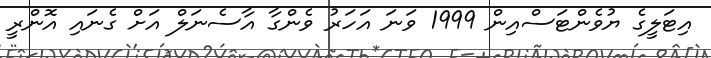
އިޓަލީގެ ޔުވެންޓަސްއިން 1999 ވަނަ އަހަރު ވެންގާ އާސެނަލް އަށް ގެނައި އޮންރީ